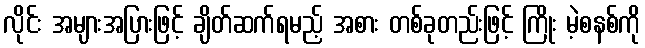
လိုင်း အများအပြားဖြင့် ချိတ်ဆက်ရမည့် အစား တစ်ခုတည်းဖြင့် ကြိုး မဲ့စနစ်ကို